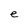
Character: e